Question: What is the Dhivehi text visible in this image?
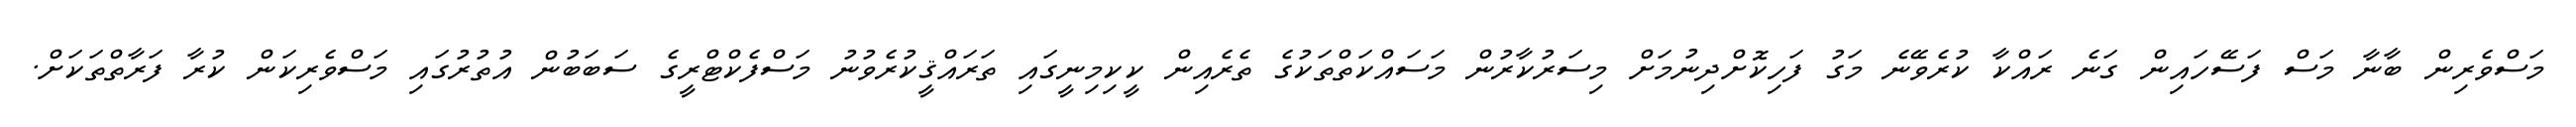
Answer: މަސްވެރިން ބާނާ މަސް ފަސޭހައިން ގަނެ ރައްކާ ކުރެވޭނެ މަގު ފަހިކޮށްދިނުމަށް މިސަރުކާރުން މަސައްކަތްތަކުގެ ތެރެއިން ކީކިމިނީގައި ތަރައްޤީކުރެވުނު މަސްފެކްޓްރީގެ ސަބަބުން އުތުރުގައި މަސްވެރިކަން ކުރާ ފަރާތްތަކަށް.